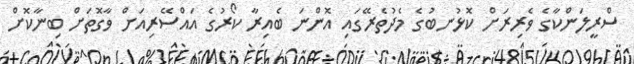
ސްރީލަންކާގެ ވެރިރަށް ކޮޅުނބުގެ މެދުތެރޭގައި އޮންނަ ބެއިރާ ކޯރުގެ އައްސޭރިއަށް ވާގޮތަށް ބިނާކޮށް